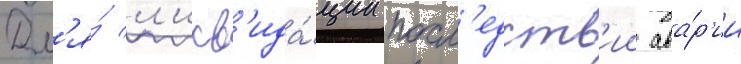
Дл'я́ л'икв'ида́ции посл'едств'ии ава́р'ии